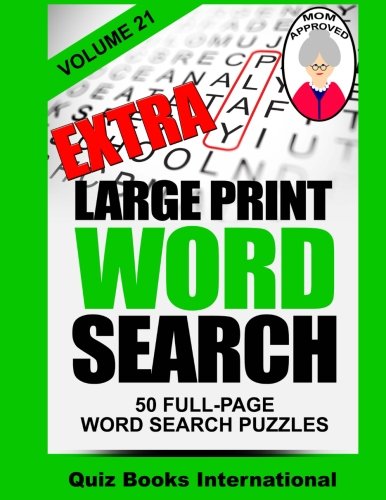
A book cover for Extra Large Print Word Search Volume 21; Quiz Books International; Humor & Entertainment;